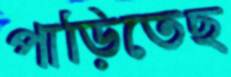
পাড়িতেছ